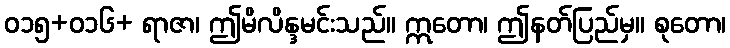
ဝ၁၅+ဝ၁၆+ ရာဇာ၊ ဤမိလိန္ဒမင်းသည်။ ဣတော၊ ဤနတ်ပြည်မှ။ စုတော၊